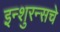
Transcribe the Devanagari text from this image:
इन्‍शुरन्‍सचे